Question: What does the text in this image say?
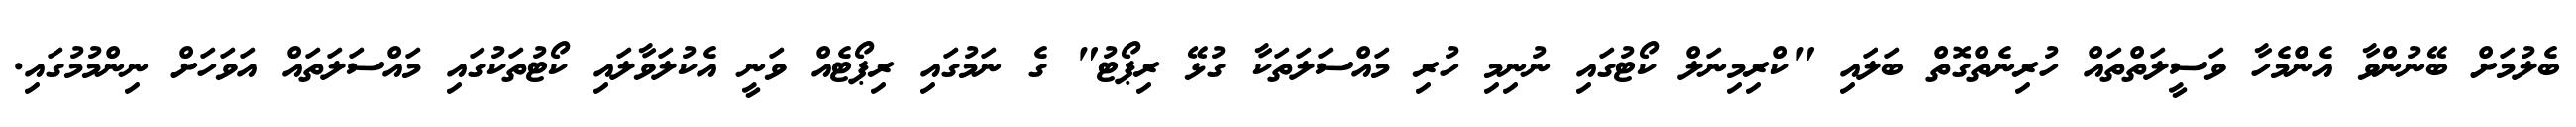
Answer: ބެލުމަށް ބޭނުންވާ އެންމެހާ ވަސީލަތްތައް ހުރިނެތްގޮތް ބަލައި "ކްރިމިނަލް ކޯޓުގައި ނުނިމި ހުރި މައްސަލަތަކާ ގުޅޭ ރިޕޯޓު" ގެ ނަމުގައި ރިޕޯޓެއް ވަނީ އެކުލަވާލައި ކޯޓުތަކުގައި މައްސަލަތައް އަވަހަށް ނިންމުމުގައި.